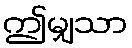
ဤမျှသာ